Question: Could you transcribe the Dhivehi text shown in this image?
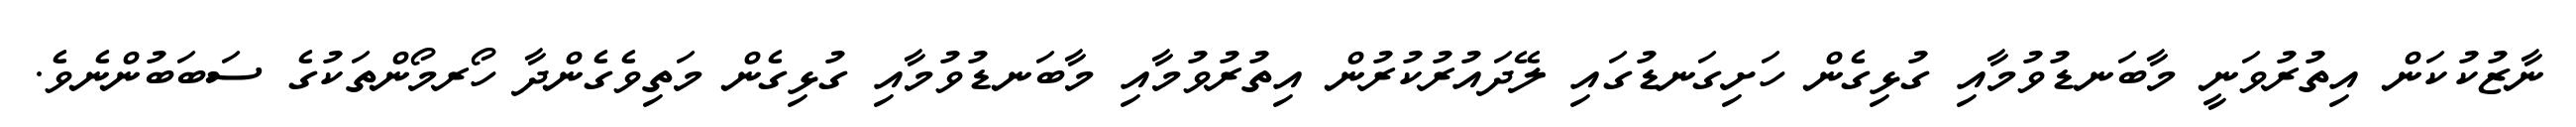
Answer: ނާޒުކުކަން އިތުރުވަނީ މާބަނޑުވުމާއި ގުޅިގެން ހަށިގަނޑުގައި ލޭދައުރުކުރުން އިތުރުވުމާއި މާބަނޑުވުމާއި ގުޅިގެން މަތިވެގެންދާ ހޯރމޯންތަކުގެ ސަބަބުންނެވެ.